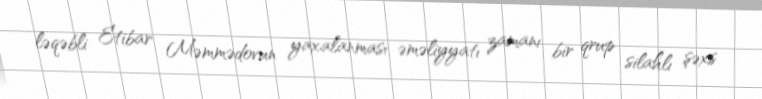
ləqəbli Etibar Məmmədovun yaxalanması əməliyyatı zamanı bir qrup silahlı şəxs